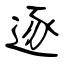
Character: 逐